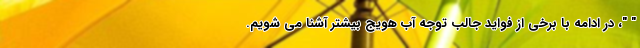
" "، در ادامه با برخی از فواید جالب توجه آب هویج بیشتر آشنا می شویم.